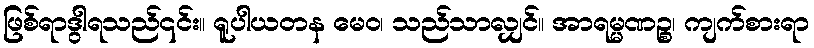
ဖြစ်ရာဒွါရသည်၎င်း။ ရူပါယတန မေဝ၊ သည်သာလျှင်။ အာရမ္မဏဉ္စ၊ ကျက်စားရာ